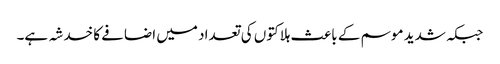
جبکہ شدید موسم کے باعث ہلاکتوں کی تعداد میں اضافے کا خدشہ ہے۔